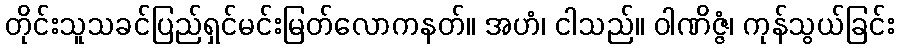
တိုင်းသူသခင်ပြည်ရှင်မင်းမြတ်လောကနတ်။ အဟံ၊ ငါသည်။ ဝါဏိဇ္ဇံ၊ ကုန်သွယ်ခြင်း